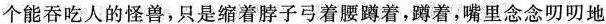
描写。